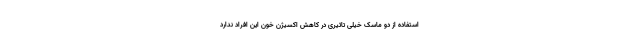
استفاده از دو ماسک خیلی تاثیری در کاهش اکسیژن خون این افراد ندارد